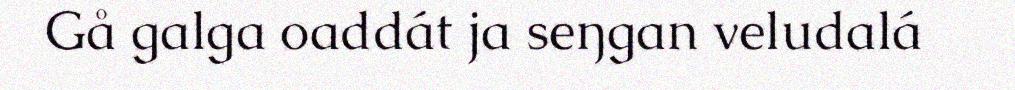
Gå galga oaddát ja seŋgan veludalá